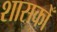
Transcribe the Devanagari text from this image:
शासकोँ